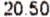
20.50